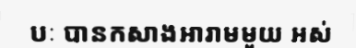
បៈ បានកសាងអារាមមួយ អស់